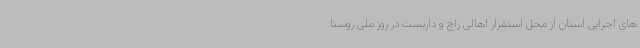
های اجرایی استان از محل استقرار اهالی زاچ و داربست در روز ملی روستا